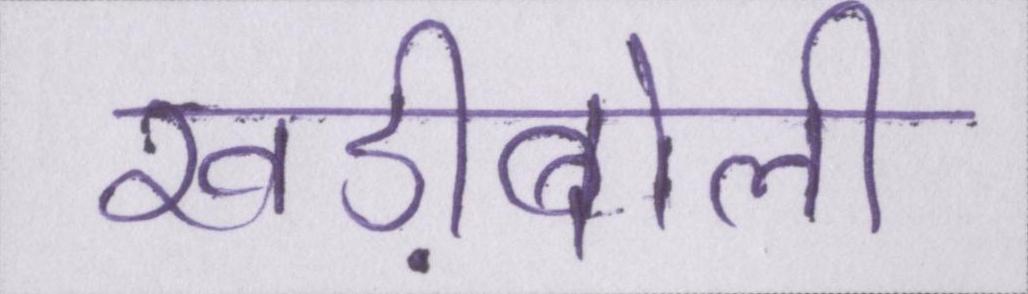
खड़ीबोली